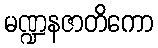
မဏ္ဍနဇာတိကော